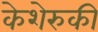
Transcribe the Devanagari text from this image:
केशेरुकी